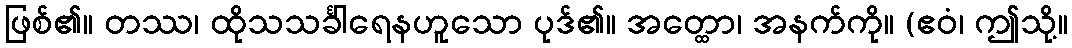
ဖြစ်၏။ တဿ၊ ထိုသသင်္ခါရေနဟူသော ပုဒ်၏။ အတ္ထော၊ အနက်ကို။ (ဧဝံ၊ ဤသို့။